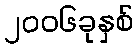
၂၀၀၆ခုနှစ်